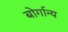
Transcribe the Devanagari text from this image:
बोर्गान्य